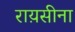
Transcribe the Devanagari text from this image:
राय़सीना